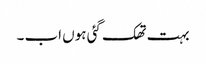
بہت تھک گئی ہوں اب ۔